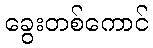
ခွေးတစ်ကောင်